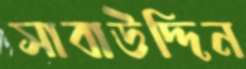
সাবাউদ্দিন